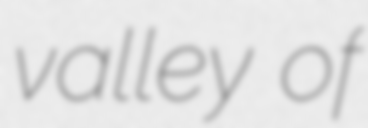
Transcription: valley of